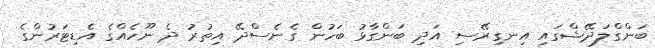
ބަންގްލަދޭޝްގައި އިނގިރޭސި އަދި ބަންގާޅު ބަހުން ގެނެސްދޭ އިތުރު ދެ ނޫހެއްގެ އެޑިޓަރުންގެ